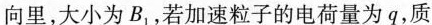
向里，大小为B_{1}，若加速粒子的电荷量为q，质